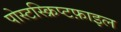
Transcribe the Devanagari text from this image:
पोस्टस्क्रिप्टफ़ाइल